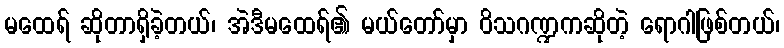
မထေရ် ဆိုတာရှိခဲ့တယ်၊ အဲဒီမထေရ်၏ မယ်တော်မှာ ဝိသဂဏ္ဍကဆိုတဲ့ ရောဂါဖြစ်တယ်၊